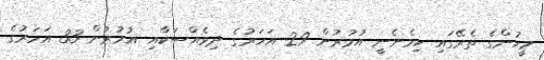
މީހުންގެ ތެރޭގައި ހިމެނެނީ އުމުރުން 29 އަހަރުގެ ދިވެއްސަކާއި އުމުރުން 33 އަހަރުގެ